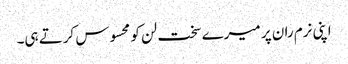
اپنی نرم ران پر میرے سخت لن کو محسوس کرتے ہی۔